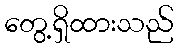
တွေ့ရှိထားသည်